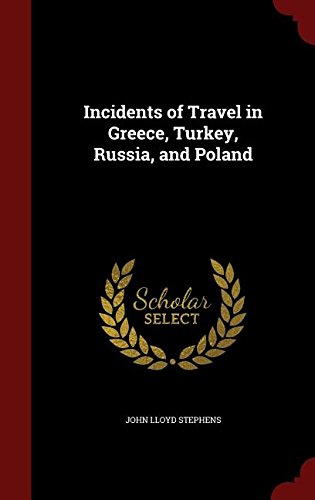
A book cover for Incidents of Travel in Greece, Turkey, Russia, and Poland; John Lloyd Stephens; History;